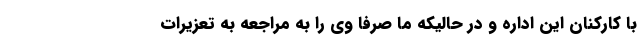
با کارکنان این اداره و در حالیکه ما صرفا وی را به مراجعه به تعزیرات